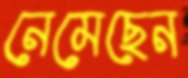
নেমেছেন